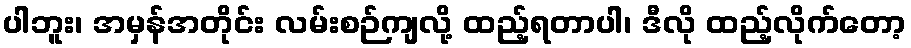
ပါဘူး၊ အမှန်အတိုင်း လမ်းစဉ်ကျလို့ ထည့်ရတာပါ၊ ဒီလို ထည့်လိုက်တော့